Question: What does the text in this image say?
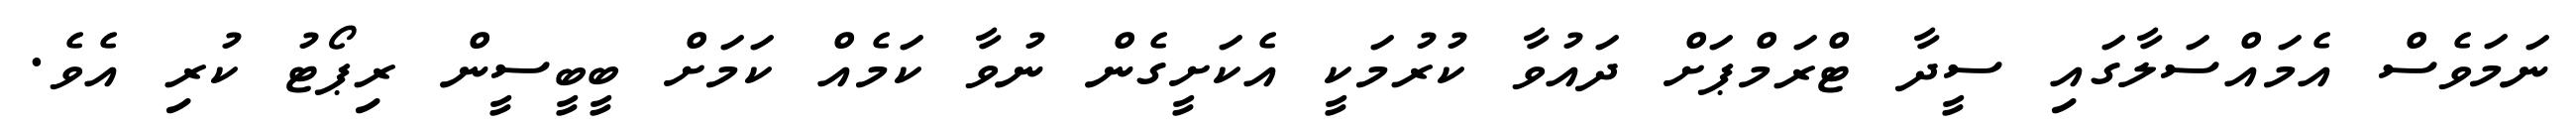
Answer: ނަމަވެސް އެމައްސަލާގައި ސީދާ ޓްރަމްޕަށް ދައުވާ ކުރުމަކީ އެކަށީގެން ނުވާ ކަމެއް ކަމަށް ބީބީސީން ރިޕޯޓު ކުރި އެވެ.